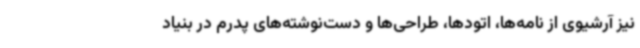
نیز آرشیوی از نامه‌ها، اتودها، طراحی‌ها و دست‌نوشته‌های پدرم در بنیاد